King Institute of Preventive Medicine Micro-Biological Section reports 1909-11
Year: 1909
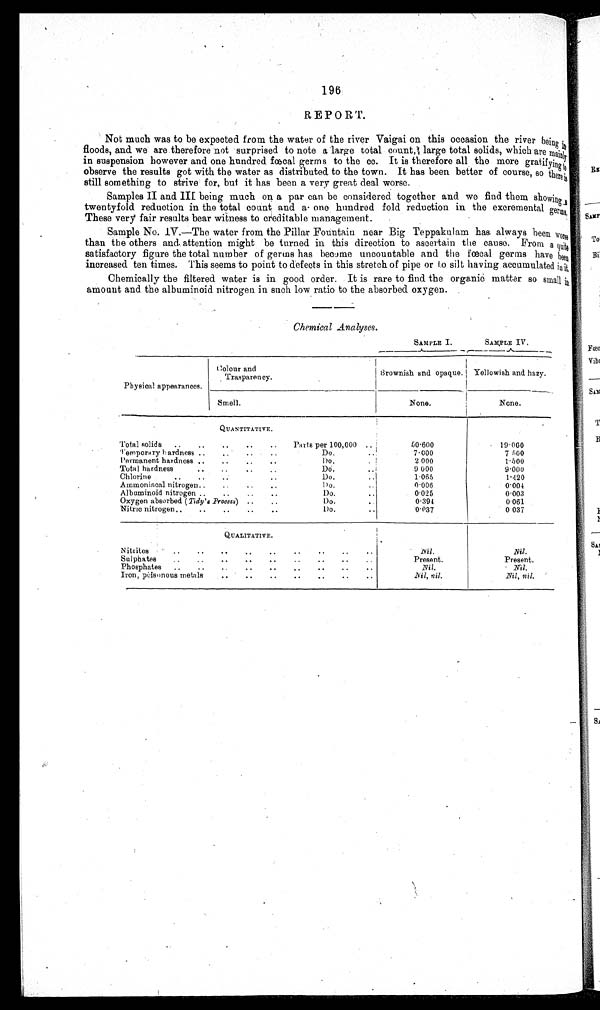
196
REPORT.
Not much was to be expected from the water of the river Vaigai on this occasion the river being i
n
floods, and we are therefore not surprised to note a large total count, large total solids, which are mainly
in suspension however and one hundred fœcal germs to the cc. It is therefore all the more gratifying to
observe the results got with the water as distributed to the town. It has been better of course, so there is
still something to strive for, but it has been a very great deal worse.
Samples II and III being much on a par can be considered together and we find them showing a
twentyfold reduction in the total count and a one hundred fold reduction in the excremental germs.
These very fair results bear witness to creditable management.
Sample No. IV.—The water from the Pillar Fountain near Big Teppakulam has. always been worse
than the others and attention might be turned in this direction to ascertain the cause. From a quite
satisfactory figure the total number of genus has become uncountable and the fœcal germs have been
increased ten times. This seems to point to defects in this stretch of pipe or to silt having accumulated in it.
Chemically the filtered water is in good order. It is rare to find the organic matter so small in
amount and the albuminoid nitrogen in such low ratio to the absorbed oxygen.
Chemical Analyses.
SAMPLE I.
SAMPLE IV.
Physical appearances.
Colour and
Traspareney.
Brownish and opaque.
Yellowish and hazy.
Smell.
None.
None.
QUANTITATIVE.
Total solids
..
..
..
..
..
Parts per 100,000 ..
50.600
19.000
Temporary Hardness .. .. .. ..
Do.
. .
7.000
7.500
Permanent hardness ..
..
..
..
Do..
2 . 0 0 0
1.500
Total hardness..
..
..
..
D o . . .
9.000
9.000
Chlorine
. ,
..
....
Do.
..
1.065
1.420
Ammoniacal nitrogen..
..
..
..
.
Do..; 0.006
0.004
Albuminoid nitrogen ..
..
..
..
Do...
0.025
0.003
Oxygen absorbed (Tidy's Process) ..
..
Do.
0.394
0 . 0 6 1
Nitric nitrogen..
..
..
..
..
Do...
0.037
0 037
QUALITATIVE.
Nitrites
..
..
..
..
..
..
..
..
..
Nil.
Nil.
Sulphates
..
..
..
..
..
..
..
..
..
Present.
Present.
Phosphates
..
..
..
..
..
..
..
..
..
Nil.
Nil.
Iron, poisonous metals
..
..
..
..
..
..
..
N i l , n i l .
Nil, nil.